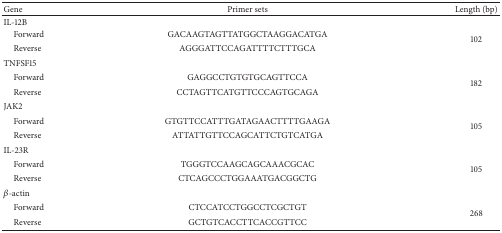
<table><thead><tr><td><b>Gene</b></td><td><b>Primer sets</b></td><td><b>Length (bp)</b></td></tr></thead><tbody><tr><td>IL-12B</td><td> </td><td> </td></tr><tr><td> Forward</td><td>GACAAGTAGTTATGGCTAAGGACATGA</td><td rowspan="2">102</td></tr><tr><td> Reverse</td><td>AGGGATTCCAGATTTTCTTTGCA</td></tr><tr><td>TNFSF15</td><td> </td><td> </td></tr><tr><td> Forward</td><td>GAGGCCTGTGTGCAGTTCCA</td><td rowspan="2">182</td></tr><tr><td> Reverse</td><td>CCTAGTTCATGTTCCCAGTGCAGA</td></tr><tr><td>JAK2</td><td> </td><td> </td></tr><tr><td> Forward</td><td>GTGTTCCATTTGATAGAACTTTTGAAGA</td><td rowspan="2">105</td></tr><tr><td> Reverse</td><td>ATTATTGTTCCAGCATTCTGTCATGA</td></tr><tr><td>IL-23R</td><td> </td><td> </td></tr><tr><td> Forward</td><td>TGGGTCCAAGCAGCAAACGCAC</td><td rowspan="2">105</td></tr><tr><td> Reverse</td><td>CTCAGCCCTGGAAATGACGGCTG</td></tr><tr><td><i>β</i>-actin</td><td> </td><td> </td></tr><tr><td> Forward</td><td>CTCCATCCTGGCCTCGCTGT</td><td rowspan="2">268</td></tr><tr><td> Reverse</td><td>GCTGTCACCTTCACCGTTCC</td></tr></tbody></table>